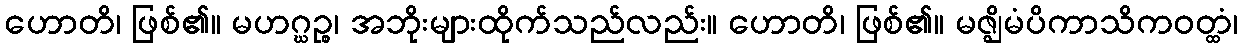
ဟောတိ၊ ဖြစ်၏။ မဟဂ္ဃဉ္စ၊ အဘိုးများထိုက်သည်လည်း။ ဟောတိ၊ ဖြစ်၏။ မဇ္ဈိမံပိကာသိကဝတ္ထံ၊